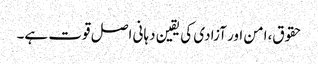
حقوق،امن اور آزادی کی یقین دہانی اصل قوت ہے۔